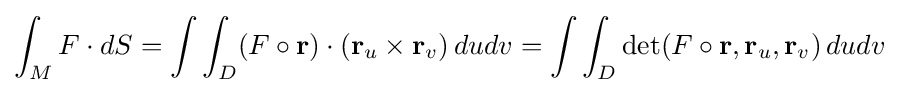
\int _{M}F\cdot dS=\int \int _{D}(F\circ {\textbf {r}})\cdot ({\textbf {r}}_{u}\times {\textbf {r}}_{v})\,dudv=\int \int _{D}\det(F\circ {\textbf {r}},{\textbf {r}}_{u},{\textbf {r}}_{v})\,dudv